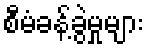
စီမံခန့်ခွဲမှုများ